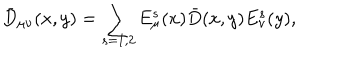
LaTeX: \bar { D } _ { \mu \nu } ( x , y ) = \sum _ { s = 1 , 2 } E _ { \mu } ^ { s } ( x ) \bar { D } ( x , y ) E _ { \nu } ^ { s } ( y ) ,